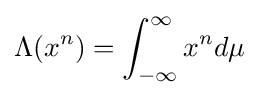
\Lambda (x^{n})=\int _{-\infty }^{\infty }x^{n}d\mu